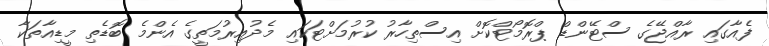
ފެއާގައި ރާއްޖޭގެ ސްޓޭންޑް ޕްރޮމޯޓްކޮށް އިސްތިހާރު ކުރުމަށްޓަކައި މެދުއިރުމަތީގެ އެންމެ ބޮޑެތި މީޑިއާތަކާ